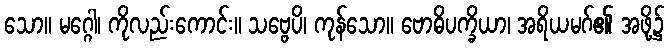
သော။ မဂ္ဂေါ၊ ကိုလည်းကောင်း။ သဗ္ဗေပိ၊ ကုန်သော။ ဗောဓိပက္ခိယာ၊ အရိယမဂ်၏ အဖို့၌